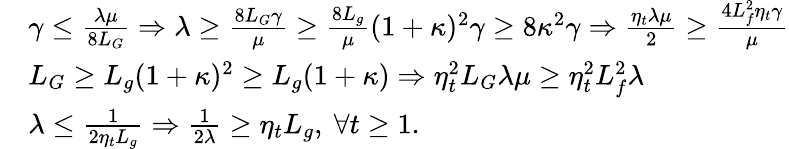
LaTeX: \begin{array}{rl}&{\gamma\leq\frac{\lambda\mu}{8L_{G}}\Rightarrow\lambda\geq\frac{8L_{G}\gamma}{\mu}\geq\frac{8L_{g}}{\mu}(1+\kappa)^{2}\gamma\geq 8\kappa^{2}\gamma\Rightarrow\frac{\eta_{t}\lambda\mu}{2}\geq\frac{4L_{f}^{2}\eta_{t}\gamma}{\mu}}\\ &{L_{G}\geq L_{g}(1+\kappa)^{2}\geq L_{g}(1+\kappa)\Rightarrow\eta_{t}^{2}L_{G}\lambda\mu\geq\eta_{t}^{2}L_{f}^{2}\lambda}\\ &{\lambda\leq\frac{1}{2\eta_{t}L_{g}}\Rightarrow\frac{1}{2\lambda}\geq\eta_{t}L_{g},\ \forall t\geq 1.}\end{array}